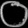
Digit: ၀